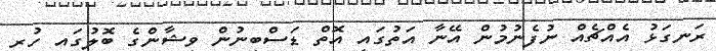
ރަނގަޅު އެއްޗެއް ނުފެނުމުން އޭނާ އަތުގައި އޮތް ޑަސްބިނުން ވިޝާންގެ ބޮލުގައި ހުރި